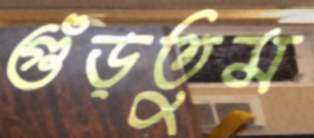
গুঁড়তুম